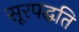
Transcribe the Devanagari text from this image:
सूरपद्धति